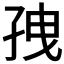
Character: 𫲥